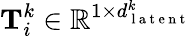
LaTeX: \mathbf{T}_{i}^{k}\in\mathbb{R}^{1\times d_{\mathrm{~l~a~t~e~n~t~}}^{k}}